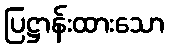
ပြဋ္ဌာန်းထားသော